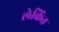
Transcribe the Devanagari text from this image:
लेकिंत